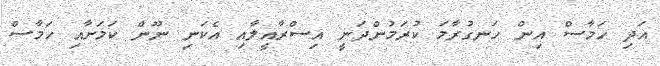
އަދި ހަމާސް އިން ހަނގުރާމަ ކުރަމުންދަނީ އިސްރާއީލާއި އެކަނި ނޫން ކަމަށާއި ހަމާސް